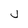
Character: j